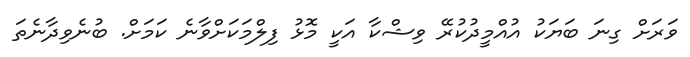
ވަރަށް ގިނަ ބަޔަކު އުއްމީދުކުރޭ ވިޝްކާ އަކީ މޮޅު ފިލްމަކަށްވާނެ ކަމަށް. ބުނެވިދާނެތަ